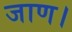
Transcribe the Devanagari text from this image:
जाण।